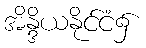
အိန္ဒိယနိုင်ငံ၌